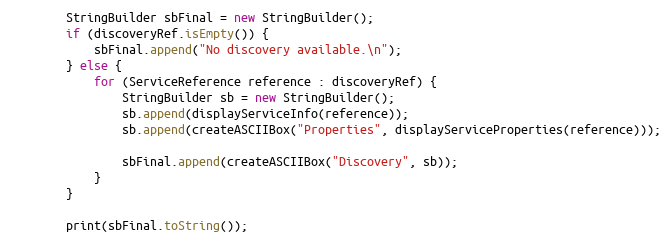
Language: Java
        StringBuilder sbFinal = new StringBuilder();
        if (discoveryRef.isEmpty()) {
            sbFinal.append("No discovery available.\n");
        } else {
            for (ServiceReference reference : discoveryRef) {
                StringBuilder sb = new StringBuilder();
                sb.append(displayServiceInfo(reference));
                sb.append(createASCIIBox("Properties", displayServiceProperties(reference)));

                sbFinal.append(createASCIIBox("Discovery", sb));
            }
        }

        print(sbFinal.toString());